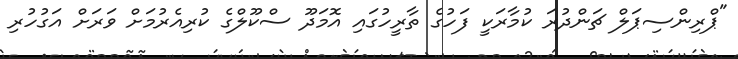
"ޕްރިންސިޕަލް ޗަންދުރަ ކުމާރަކީ ފަހުގެ ތާރީހުގައި އޮމަދޫ ސްކޫލްގެ ކުރިއެރުމަށް ވަރަށް އަގުހުރި